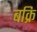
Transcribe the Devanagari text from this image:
बक्रि